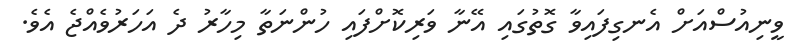
ވީނިއުސްއަށް އެނގިފައިވާ ގޮތުގައި އޭނާ ވަރިކޮށްފައި ހުންނަތާ މިހާރު ދެ އަހަރުވެއްޖެ އެވެ.